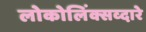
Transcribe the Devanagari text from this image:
लोकोलिंक्सव्दारे